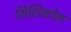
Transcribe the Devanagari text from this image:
सिलिकोल